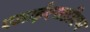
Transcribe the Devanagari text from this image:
एआईएसडीएम